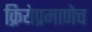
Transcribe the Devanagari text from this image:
क्रियेप्रमाणेच